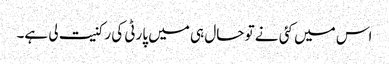
اس میں کئی نے تو حال ہی میں پارٹی کی رکنیت لی ہے۔